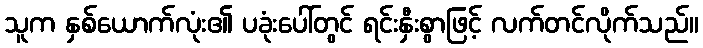
သူက နှစ်ယောက်လုံး၏ ပခုံးပေါ်တွင် ရင်းနှီးစွာဖြင့် လက်တင်လိုက်သည်။